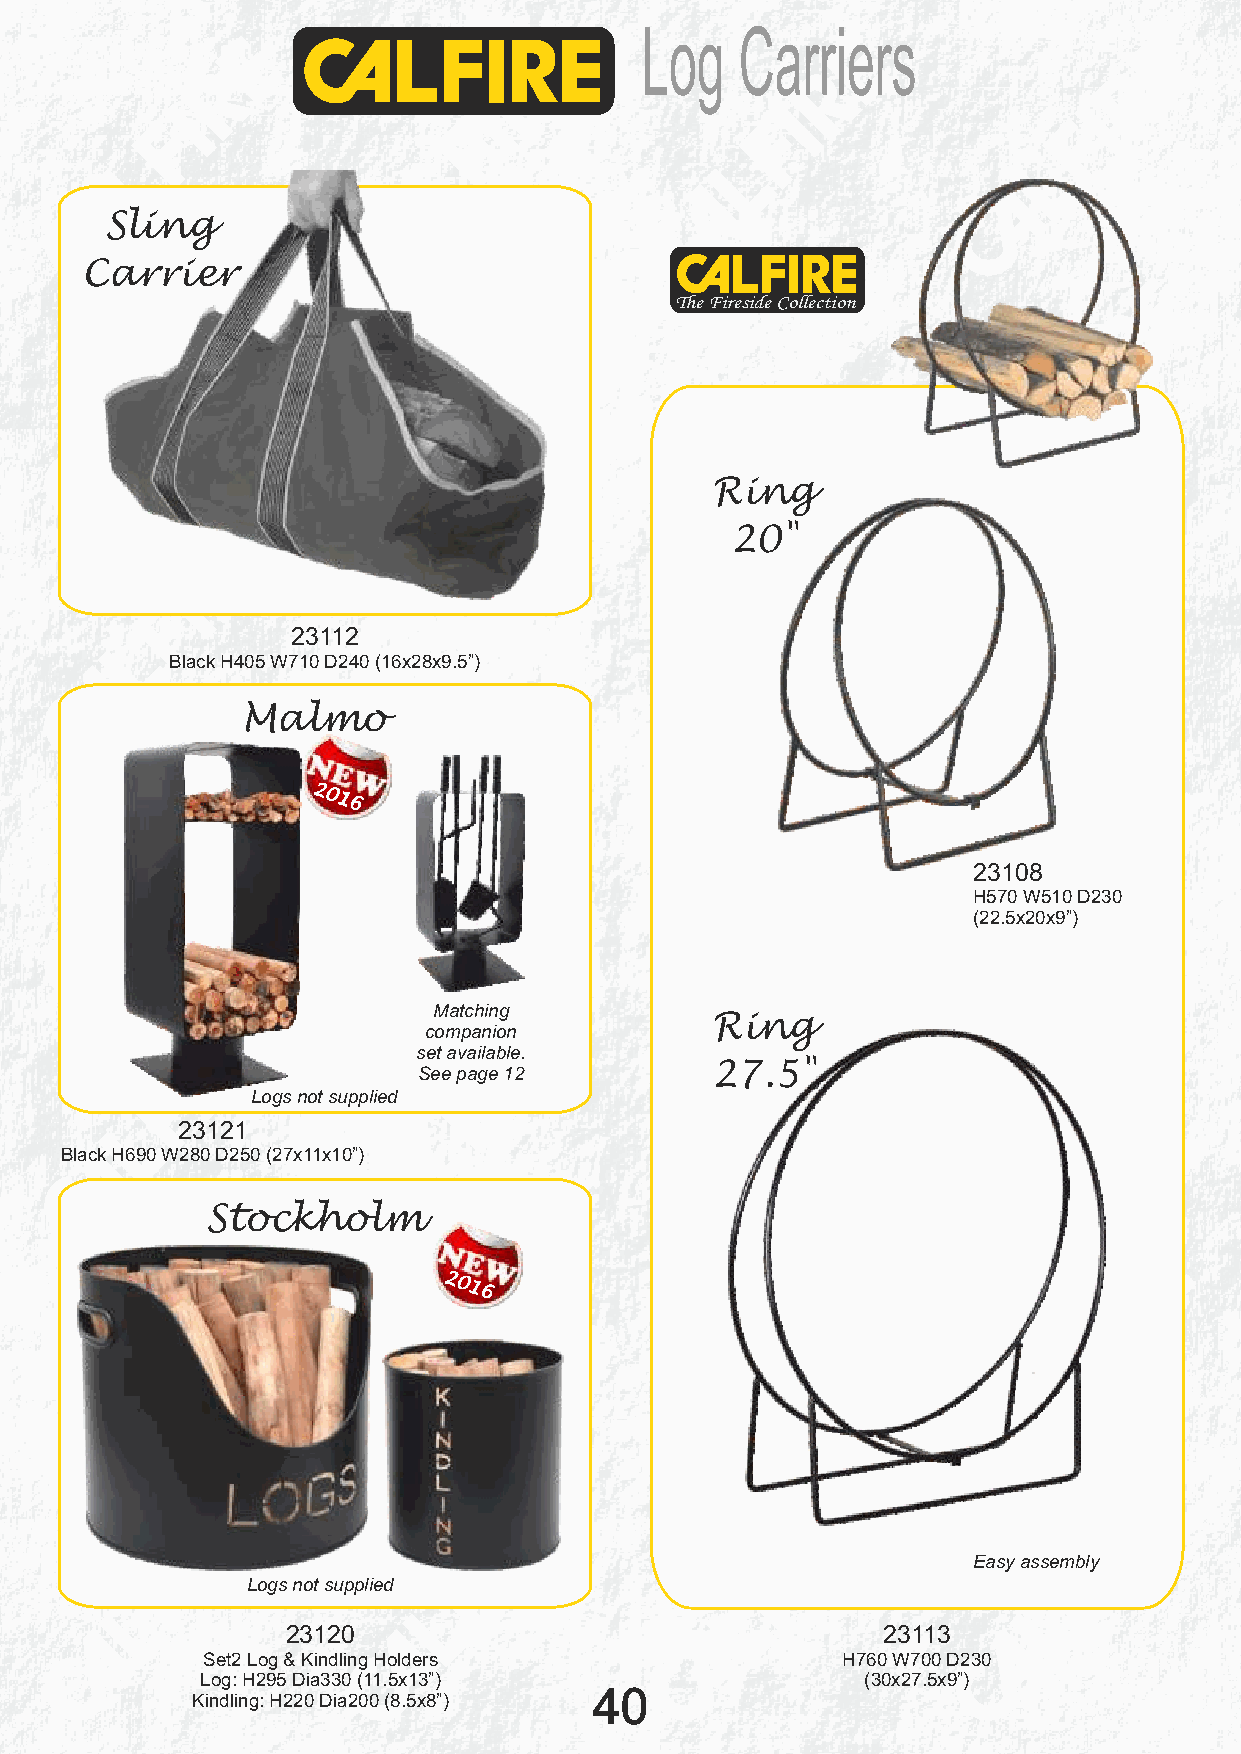
Log    Carriers
 Sling
 Carrier
 The Fireside Collection
 Ring
 20"
 23112
 Black H405 W710 D240 (16x28x9.5”)
 Malmo
 2016
 23108
 H570 W510 D230
 (22.5x20x9”)
 Matching
 Ring
 companion
 set available.
 See page 12        27.5"
 Logs not supplied
 23121
 Black H690 W280 D250 (27x11x10”)
 Stockholm
 2016
 Easy assembly
 Logs not supplied
 23120                                  23113
 Set2 Log & Kindling Holders                H760 W700 D230
 Log: H295 Dia330 (11.5x13”)                 (30x27.5x9”)
 40
 Kindling: H220 Dia200 (8.5x8”)